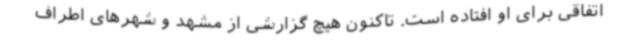
اتفاقی برای او افتاده است. تاکنون هیچ گزارشی از مشهد و شهرهای اطراف